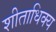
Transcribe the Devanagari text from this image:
शीताधिक्य